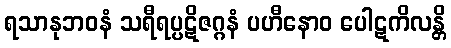
ရသာနုဘဝနံ သရီရပ္ပဋိဇဂ္ဂနံ ပဟီနောဝ ပေါဋကိလန္တိ